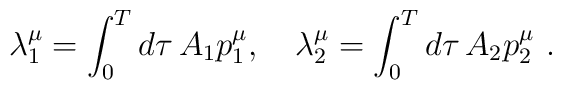
\lambda _1^\mu =\int_0^Td\tau \,A_1p_1^\mu ,\quad \lambda _2^\mu=\int_0^Td\tau \,A_2p_2^\mu \,\,.